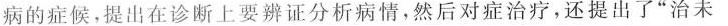
病的症候，提出在诊断上要辨证分析病情，然后对症治疗，还提出了”治未